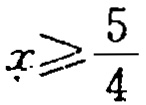
$x\geqslant\frac{5}{4}$